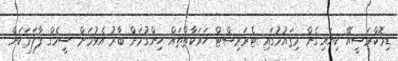
ޑިމޮކްރަސީއޭ ކިޔައިގެން މިޤައުމުގައި ޓެރަރިސްޓް ހަރަކާތްތައް ހިންގުމަށް ބާރު އެޅުމަށް ސީމެގް ފާލަމަކަށް